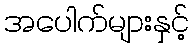
အပေါက်များနှင့်